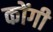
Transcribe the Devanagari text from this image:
कोंगी